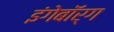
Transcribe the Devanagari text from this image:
इंगेबॉर्ग